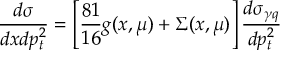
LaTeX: \frac { d \sigma } { d x d p _ { t } ^ { 2 } } = \left[ \frac { 8 1 } { 1 6 } g ( x , \mu ) + \Sigma ( x , \mu ) \right] \frac { d \sigma _ { \gamma q } } { d p _ { t } ^ { 2 } }